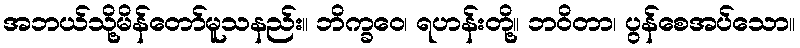
အဘယ်သို့မိန်တော်မူသနည်း။ ဘိက္ခဝေ၊ ရဟန်းတို့။ ဘဝိတာ၊ ပွန်စေအပ်သော။